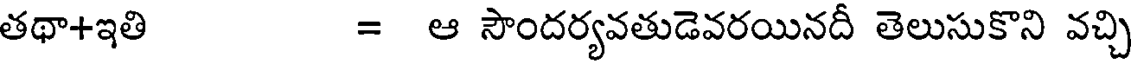
తథా+ఇతి = ఆ సౌందర్యవతుడెవరయినదీ తెలుసుకొని వచ్చి